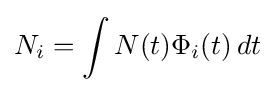
N_{i}=\int N(t)\Phi _{i}(t)\,dt